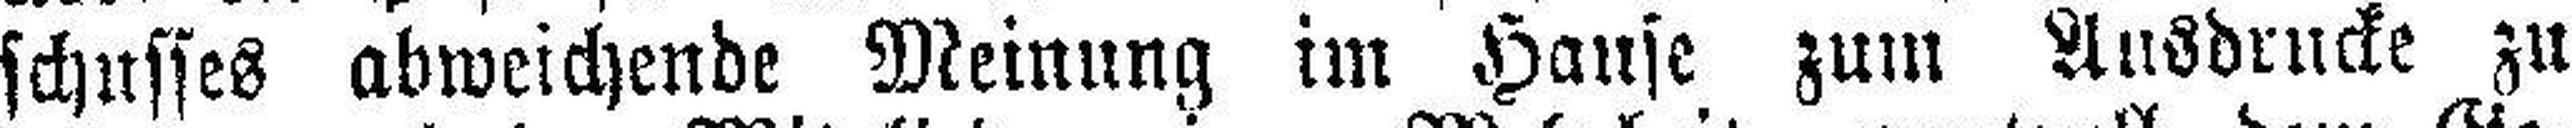
schusses abweichende Meinung im Hause zum Ausdrucke zu